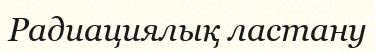
Радиациялық ластану